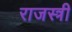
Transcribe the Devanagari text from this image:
राजस्त्री